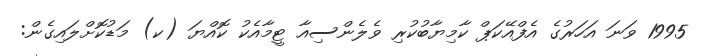
1995 ވަނަ އަހަރުގެ އެފްއޭކަޕް ކާމިޔާބުކުރި ވެލެންސިއާ ޓީމާއެކު ކޮއްޔަ (ކ) މަޑުކޮށްލައިގެން: